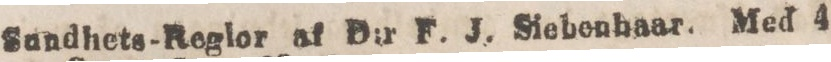
Sundhets-Reglor af D:r F. J. Siebenhaar. Med 4